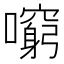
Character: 𡃕